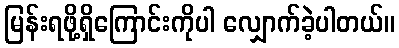
မြန်းရဖို့ရှိကြောင်းကိုပါ လျှောက်ခဲ့ပါတယ်။